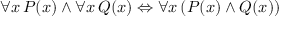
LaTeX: \forall x \, P ( x ) \land \forall x \, Q ( x ) \Leftrightarrow \forall x \, ( P ( x ) \land Q ( x ) )